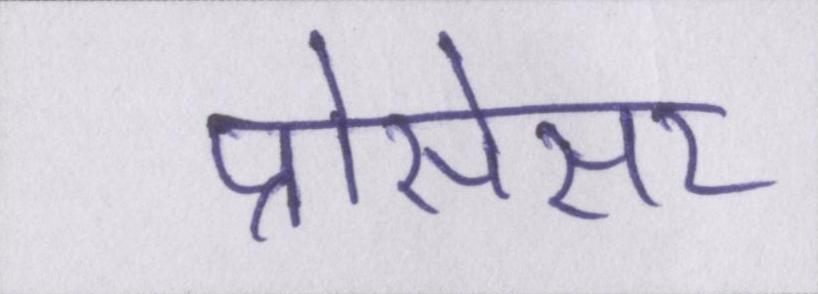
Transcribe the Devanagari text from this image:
प्रोसेसर